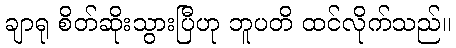
ချာရု စိတ်ဆိုးသွားပြီဟု ဘူပတိ ထင်လိုက်သည်။